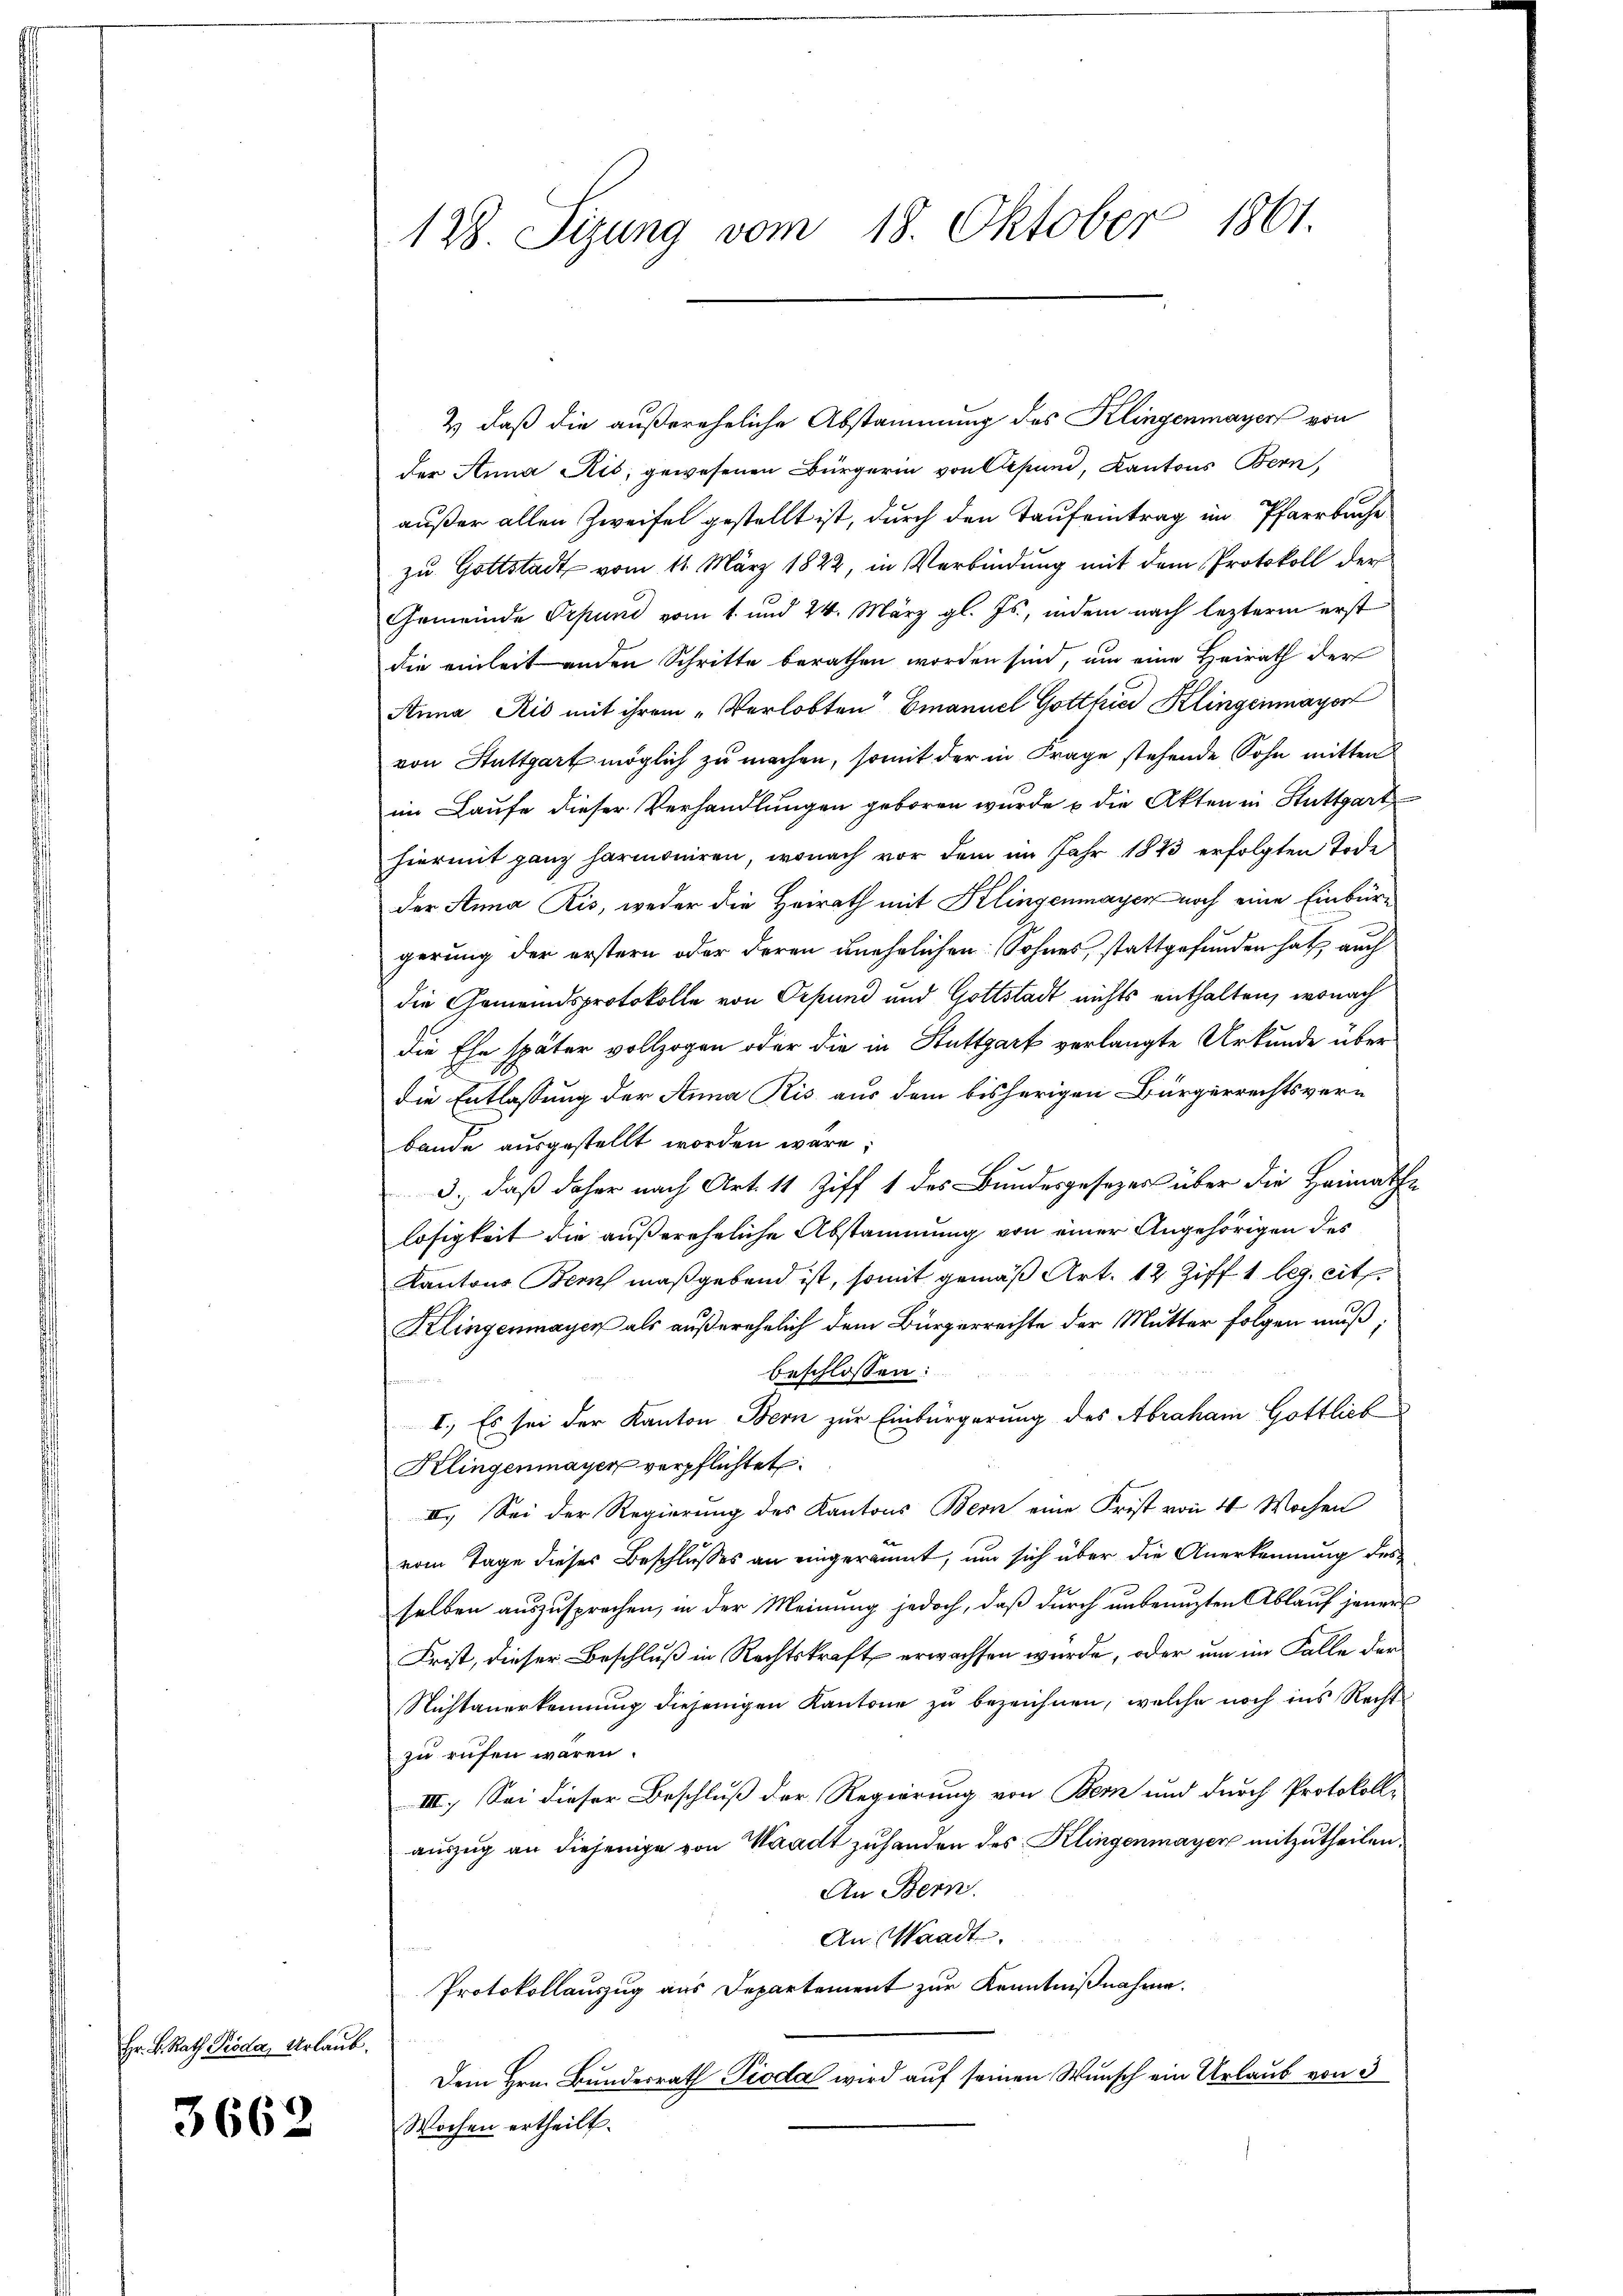
Hr. K. Rath Pioda, Urlaub.

3662

128. Sizung vom 18. Oktober 1861.

& daß die außereheliche Abstammung des Klingenmayer von
der Anna Ais, gewesenen Bürgerin von Cepund, Kantons Bern,
außer allen Zweifel gestellt ist, durch den Taufeintrag im Pfarrbache
zu Gottstadt vom 11. März 1822, in Verbindung mit dem Protokoll der
Gemeinde Erpund vom 1. und 24. März gl. Js., indem nach lezterm erst
die einheit anden Schritte berathen worden sind, um eine Heirath der
Anna Ris mit ihrem „Verlobten Emanuel Gotthias Klingenmayer
von Stuttgart möglich zu machen, somit der in Frage stehende Sohn mitten
im Laufe dieser Verhandlungen geboren wurde u die Akten in Stuttgart
hiermit ganz harmoniren, wonach vor dem im Jahr 1843 erfolgten Tode
der Anna Ris, weder die Heirath mit Klingenmayer noch eine Einbüre
gerung der erstern oder deren unehelichen Sohnes, stattgefunden hat, auch
die Gemeindsprotokolle von Oepund und Gottstadt nichts enthalten, wonach
die Ehe später vollzogen oder die in Stuttgart verlangte Urkunde über
die Entlassung der Anna Kis aus dem bisherigen Bürgerrechtsver-
baude ausgestellt worden wäre,
3., daß daher nach Art. 11 Ziff 1 des Bundesgesezes über die Heimathe
losigkeit die außereheliche Abstammung von einer Angehörigen des
Kantons Bern maßgebend ist, somit gemäß Art. 12 Ziff 1 leg. cit.
Kelingenmayer als außerehelich dem Bürgerrechte der Mutter folgen muß;
beschlossen:
I.) Es sei der Kanton Bern zur Einbürgerung des Abraham Gottlich
Klingenmayer verpflichtet.
III. Sei der Regierung des Kantons Bern eine Frist von 4 Wochen
vom Tage dieses Beschlusses an eingeräumt, um sich über die Anerkennung des
selben auszusprechen, in der Meinung jedoch, daß durch unbenuzten Ablauf jener
Frist, dieser Beschluß in Rechtskraft erwachsen wurde, oder um im Falle der
Nichtanerkennung diejenigen Kantone zu bezeichnen, welche noch ins Recht
zu rufen wären.
III. Sei dieser Beschluß der Regierung von Bern und durch Protokoll-
auszug an diejenige von Waadt zuhanden des Klingenmayer mitzutheilen.
An Bern.
An Waadt.
Protokollauszug aus Departement zur Kenntnißnahme.
Dem Hrn. Bundesrath Pioda wird auf seinen Wunsch ein Urlaub von 3
Wochen ertheilt.